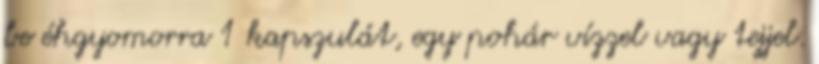
be éhgyomorra 1 kapszulát, egy pohár vízzel vagy tejjel.